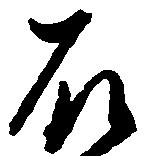
石